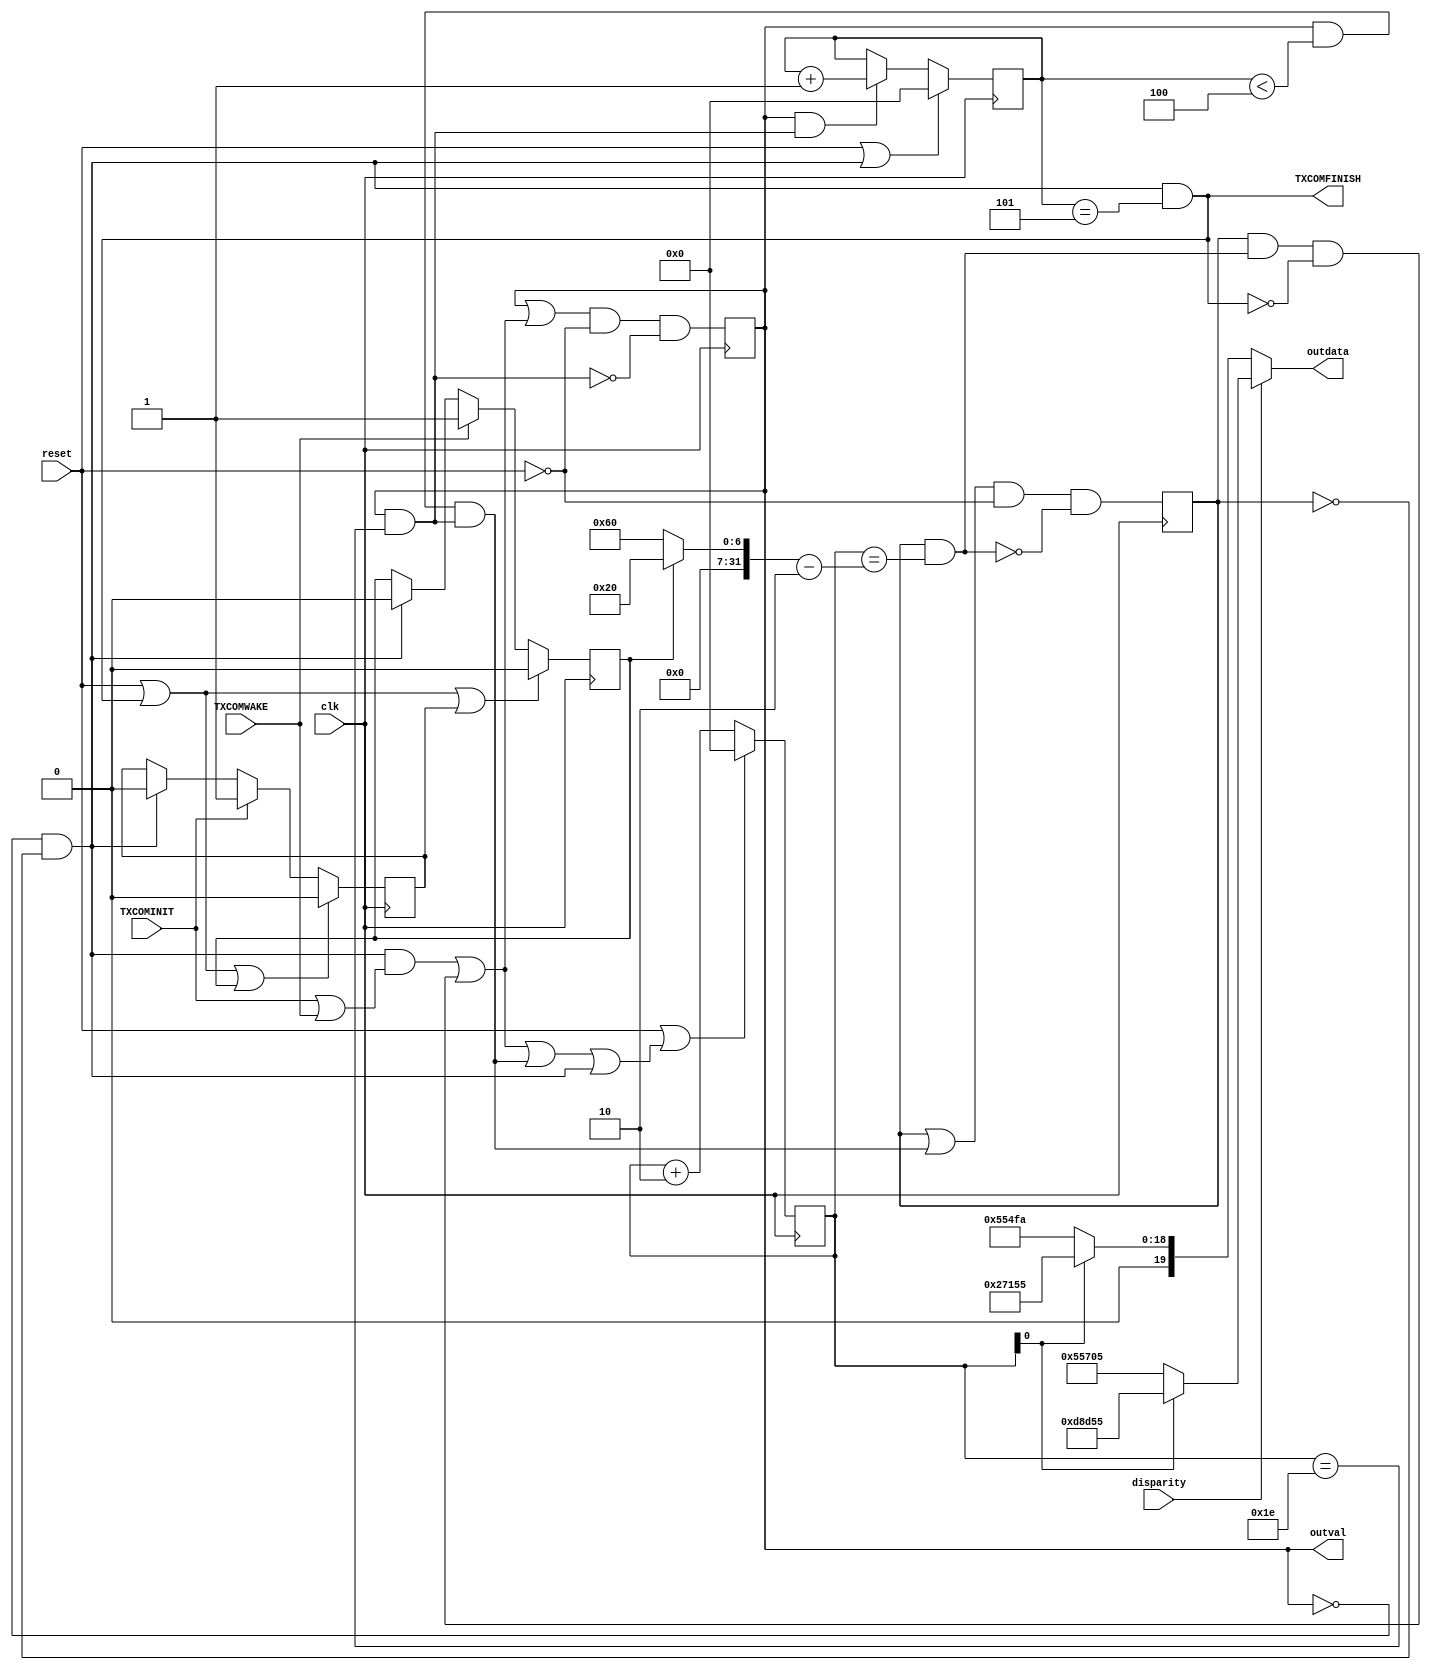
module gtxe2_chnl_tx_oob #(
    parameter width = 20
)
(
    input   wire                    TXCOMINIT,
    input   wire                    TXCOMWAKE,
    output  wire                    TXCOMFINISH,
    input   wire                    clk,
    input   wire                    reset,
    input   wire                    disparity,
    output  wire    [width - 1:0]   outdata,
    output  wire                    outval
);
parameter   [3:0]   SATA_BURST_SEQ_LEN = 4'b0101;
parameter           SATA_CPLL_CFG = "VCO_3000MHZ";
localparam  burst_len_mult  = SATA_CPLL_CFG == "VCO_3000MHZ" ? 2 
                            : SATA_CPLL_CFG == "VCO_1500MHZ" ? 4 
                            :  1;
localparam  burst_len       =  32; 
localparam  quiet_len_init  = burst_len * 3; 
localparam  quiet_len_wake  = burst_len; 
localparam  init_bursts_cnt = SATA_BURST_SEQ_LEN;
localparam  wake_bursts_cnt = SATA_BURST_SEQ_LEN;
reg     [31:0]  bursts_cnt;
reg     [31:0]  stopwatch;
wire            stopwatch_clr;
wire            bursts_cnt_inc;
wire            bursts_cnt_clr;
wire    [31:0]  quiet_len;
reg     state_burst;
reg     state_quiet;
wire    state_idle;
wire    set_burst;
wire    set_quiet;
wire    clr_burst;
wire    clr_quiet;
reg             issued_init;
reg             issued_wake;
always @ (posedge clk)
begin
    issued_init <= reset | TXCOMFINISH | issued_wake ? 1'b0 : TXCOMINIT ? 1'b1 : state_idle ? 1'b0 : issued_init;
    issued_wake <= reset | TXCOMFINISH | issued_init ? 1'b0 : TXCOMWAKE ? 1'b1 : state_idle ? 1'b0 : issued_wake;
end
wire    [31:0]  bursts_cnt_togo;
assign  bursts_cnt_togo = issued_wake ? wake_bursts_cnt : init_bursts_cnt ;
assign  state_idle = ~state_burst & ~state_quiet;
always @ (posedge clk)
begin
    state_burst <= (state_burst | set_burst) & ~reset & ~clr_burst;
    state_quiet <= (state_quiet | set_quiet) & ~reset & ~clr_quiet;
end
assign  set_burst = state_idle & (TXCOMINIT | TXCOMWAKE) | state_quiet & clr_quiet & ~TXCOMFINISH;
assign  set_quiet = state_burst & (bursts_cnt < bursts_cnt_togo - 1) & clr_burst;
assign  clr_burst = state_burst & stopwatch == (burst_len - burst_len_mult);
assign  clr_quiet = state_quiet & stopwatch == (quiet_len - burst_len_mult);
assign  quiet_len = issued_wake ? quiet_len_wake : quiet_len_init;
assign  stopwatch_clr = set_burst | set_quiet | state_idle;
always @ (posedge clk)
    stopwatch   <= reset | stopwatch_clr ? 0 : stopwatch + burst_len_mult;
assign  bursts_cnt_clr = state_idle;
assign  bursts_cnt_inc = state_burst & clr_burst;
always @ (posedge clk)
    bursts_cnt  <= reset | bursts_cnt_clr ? 0 : bursts_cnt_inc ? bursts_cnt + 1 : bursts_cnt;
wire    [width - 1:0]   outdata_pos;
wire    [width - 1:0]   outdata_neg;
assign  outdata_pos = stopwatch[0] == 1'b0 ? {10'b0101010101, 10'b1100000101}
                                           : {10'b1101100011, 10'b0101010101};
assign  outdata_neg = stopwatch[0] == 1'b0 ? {10'b0101010101, 10'b0011111010}
                                           : {10'b0010011100, 10'b0101010101};
assign  outdata     = disparity ? outdata_pos : outdata_neg;
assign  outval      = state_burst;
assign  TXCOMFINISH = bursts_cnt_clr & bursts_cnt == bursts_cnt_togo;
endmodule